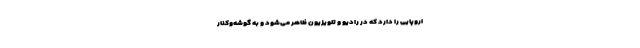
اروپایی را دارد که در رادیو و تلویزیون ظاهر می‌شود و به گوشه‌وکنار